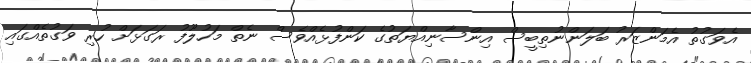
އެވަގުތު އެމަންޒަރު ބަލަންނުތިބީސް އިންސާނިއްޔަތުގެ ކަންފުޅެއްވެސް ނެތް މަހުލޫފު ރަގަޅަށް ހުރި ވަގުތެއްގައި